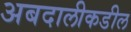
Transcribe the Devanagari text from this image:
अबदालीकडील